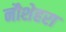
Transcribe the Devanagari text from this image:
नौशेहरा